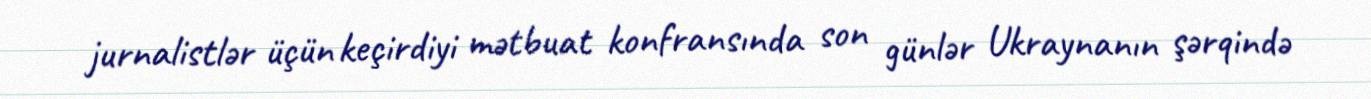
jurnalistlər üçün keçirdiyi mətbuat konfransında son günlər Ukraynanın şərqində